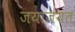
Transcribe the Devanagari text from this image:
जयाजयत